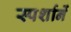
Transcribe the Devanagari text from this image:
स्पर्शानें